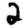
Digit: 2